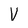
Character: V